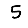
Digit: 5